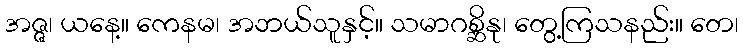
အဇ္ဇ၊ ယနေ့။ ကေနမ၊ အဘယ်သူနှင့်။ သမာဂစ္ဆိနု၊ တွေ့ကြသနည်း။ တေ၊